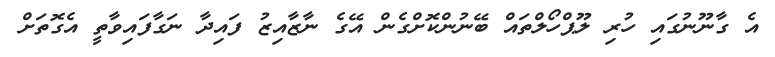
އެ ގާނޫނުގައި ހުރި ލޫޕްހޯލްތައް ބޭނުުންކޮށްގެން އޭގެ ނާޒާއިޒު ފައިދާ ނަގާފައިވާތީ އެގޮތަށް